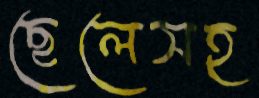
ছেলেসহ